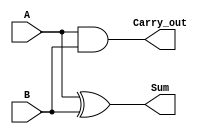
 module Half_Adder(Sum,Carry_out,A,B);
		input A,B;
		output Sum,Carry_out;
		
		xor(Sum,A,B);
		and(Carry_out,A,B);
endmodule

module Full_Adder(Sum, Carry_out, A,B, Carry_in);
		input A,B, Carry_in;
		output Sum, Carry_out;
		
		
		wire w1,w2,w3;
		
				Half_Adder HA1(w1,w2,A,B);
				Half_Adder HA2(Sum,w3, Carry_in);
				or(Carry_out,w3,w2);
endmodule


module eight_bit_SUB(C0,S7,S6,S5,S4,S3,S2,S1,S0,A7,A6,A5,A4,A3,A2,A1,A0,B7,B6,B5,B4,B3,B2,B1,B0);
		input  A7,A6,A5,A4,A3,A2,A1,A0,B7,B6,B5,B4,B3,B2,B1,B0;
		output C0,S7,S6,S5,S4,S3,S2,S1,S0;
		
		wire w1,w2,w3,w4,w5,w6,w7;
		wire B0_,B1_,B2_,B3_,B4_,B5_,B6_,B7_;
		
		not(B0_, B0); not(B1_, B1); not(B2_, B2); not(B3_, B3); // Get the Compliment of B
		not(B4_, B4); not(B5_, B5); not(B6_, B6); not(B7_, B7);
		
		Full_Adder FA0(S0,w1,A0,B0_,1'b1);  // Add one
		Full_Adder FA1(S1,w2,A1,B1_,w1);
		Full_Adder FA2(S2,w3,A2,B2_,w2);
		Full_Adder FA3(S3,w4,A3,B3_,w3);
		Full_Adder FA4(S4,w5,A4,B4_,w4);
		Full_Adder FA5(S5,w6,A5,B5_,w5);
		Full_Adder FA6(S6,w7,A6,B6_,w6);
		Full_Adder FA7(S7,C0,A7,B7_,w7);

endmodule